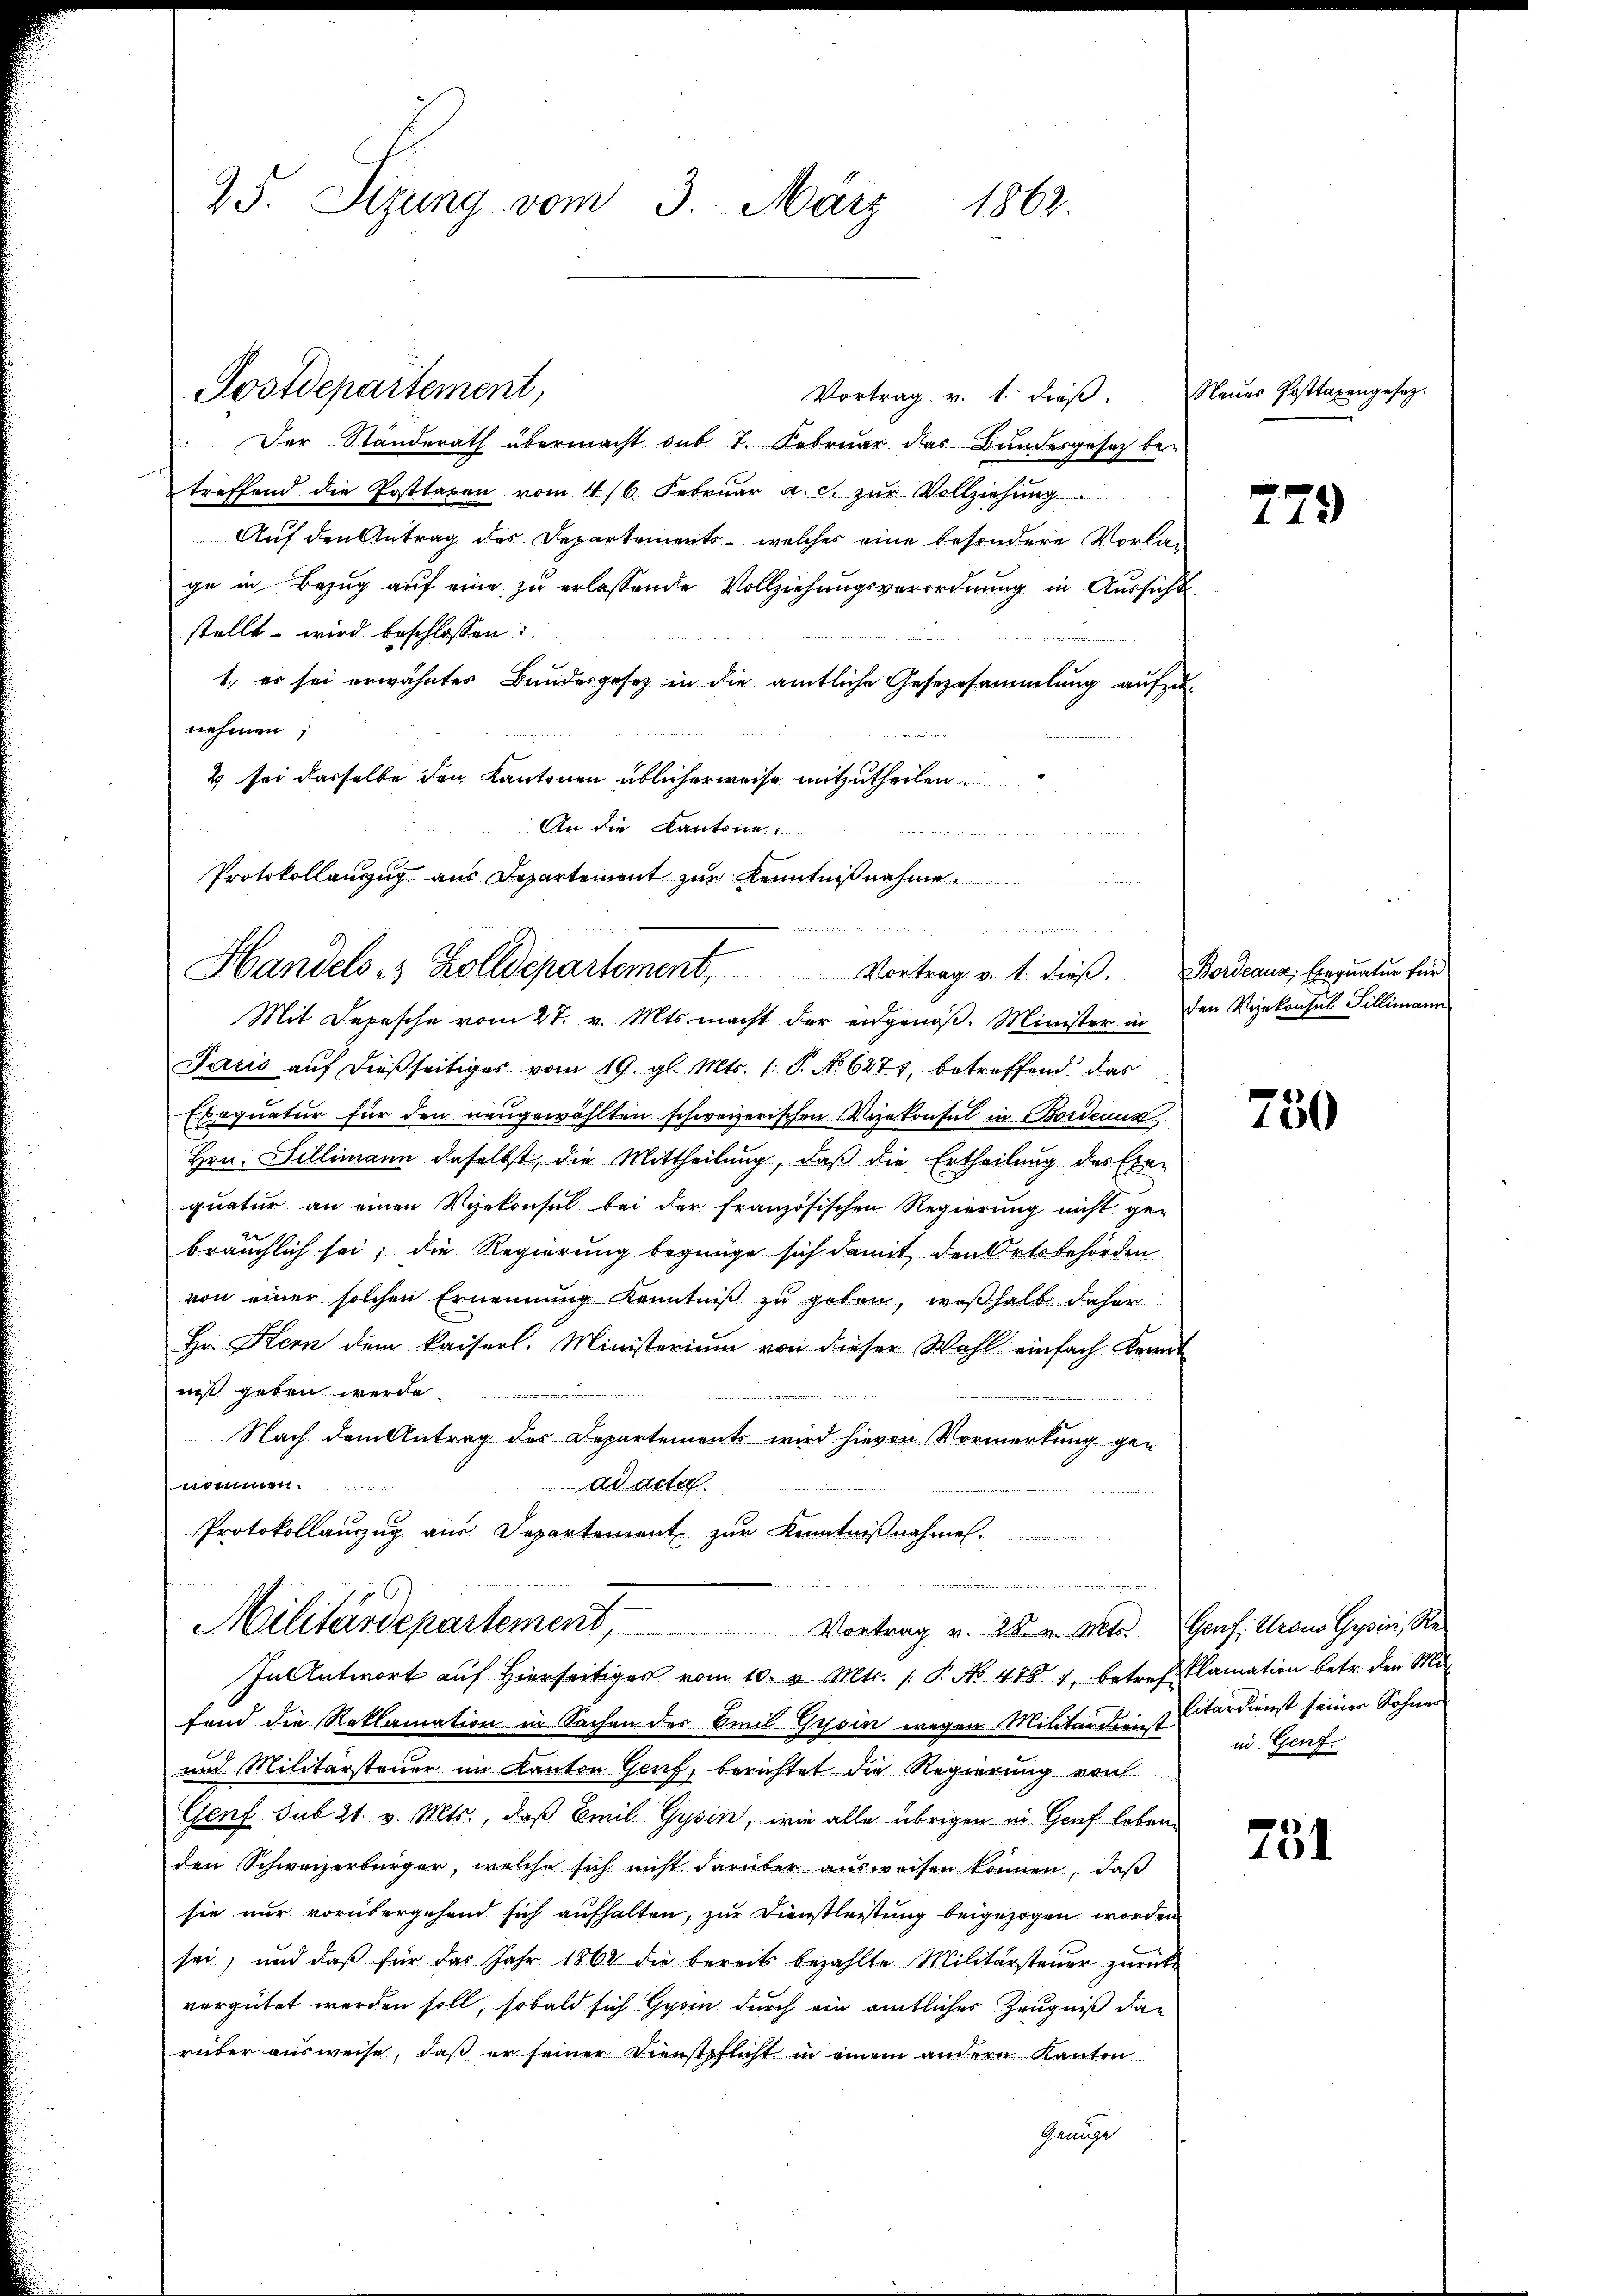
25. Sizung vom 3. März 1862.

Postdepartement,

Vortrag v. 1. dieβ. Neues Posttaxengesetz-
Der Standerath übermacht sub 7. Februar das Bundesgesetz be-
treffend die Posttaxen vom 4/6. Februar a. c. zur Vollziehung
Auf den Antrag des Departements - welches eine besondere Vorlag
ge in Bezug auf eine zu erlassende Vollziehungsverordnung in Aussicht
stellt wird beschlossen:

1., er sei erwähntes Bundesgesetz in die amtliche Gesezesammlung aufzunehmen;
4 sei derselbe den Kantonen üblicherweise mitzutheilen.
An die Kantone
Protokollanzug aus Departement zur Kenntniß nahme
d hat angen
e

Mit Depesche vom 27. v. Mts. macht der eidgenöß. Minister in den Vizekonsul Sillimann
Paris aŭf dießseitiges vom 19. gl. Mts. 1. S. No 6271, betreffend das
Exequatur für den neugewählten schweizerischen Vizekonsul in Bordeaux,
Hrn. Billimann daselbst, die Mittheilung, daß die Ertheilung des Exe-
quatur an einen Vizekonsul bei der französischen Regierung nicht ge-
bräuchlich sei; die Regierung begnüge sich damit den Ortsbehörden
von einer solchen Ernennung Kenntniβ zŭ geben, weßhalb daher
He Kern dem kaiserl. Ministerium von dieser Wahl einfach Kennt
niß geben werde
Nach dem Antrag des Departements wird hievon Vormerkung gen
nommen.
ad acta
Protokollauszug aus Departement zur Kenntnißnahmen.

Militärdepartement, Vortrag u. 28. v. Alte. Genf. Krons Gepi, Re¬
In Antwort auf Hierseitiges vom 10. v. Mts. 1 P. No 478 4, betrefflamation betr. den Mi
fand die Reklamation in Sachen der Breil Gessin wegen Militärdientardienst seiner Sohnen
und Militärsteuer im Kanton Genf, berichtet die Regierung von
Genf sub 21. v. Mts., daß Emil Gysin, wie alle übrigen in Genf leben,
den Schweizerbürger, welche sich nicht darüber ausweisen können, daß
sie nur vorübergehend sich aufhalten, zur Dienstleistung beigezogen worden
sei, und daß für das Jahr 1862 die bereits bezahlte Militärsteuer zurück
vergütet werden soll, sobald sich Gyrin durch ein amtliches Zeugniß dan
rüber ausweise, daß er seiner Dienstpflicht in einem andern Kanton
Genüge

Handels- & Zolldepartement, Vortrag v. 1. dieβ. Bordeaux; Exequatur für

279

730

in Genf.

751